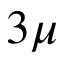
3 \mu